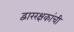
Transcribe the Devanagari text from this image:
द्वाररक्षकांची